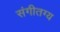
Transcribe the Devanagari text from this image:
संगीतग्य